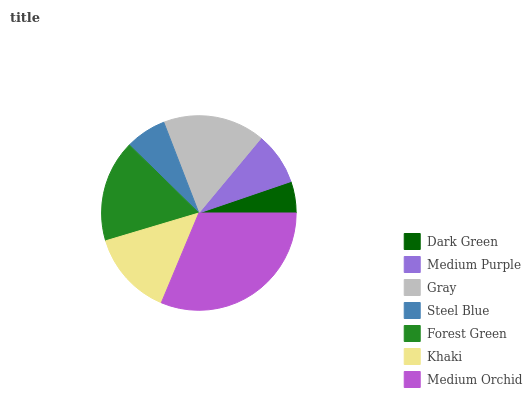
| Dark Green | Medium Purple | Gray | Steel Blue | Forest Green | Khaki | Medium Orchid |
 | --- | --- | --- | --- | --- | --- | --- |
 | 5.24% | 8.73% | 16.9% | 6.8% | 16.9% | 14.1% | 31.4% |